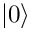
| 0 \rangle